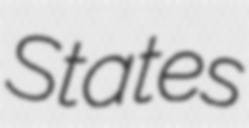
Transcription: States